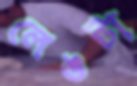
লেঙটা